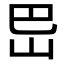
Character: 岊